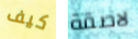
كيف لاصقة